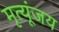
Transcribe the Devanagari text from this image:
मृत्यूंजय